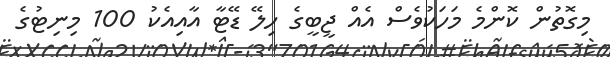
މިގޮތުން ކޮންމެ މަހަކުވެސް އެއް ޖީބީގެ ހިލޭ ޑޭޓާ އާއިއެކު 100 މިނިޓުގެ